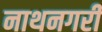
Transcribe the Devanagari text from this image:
नाथनगरी